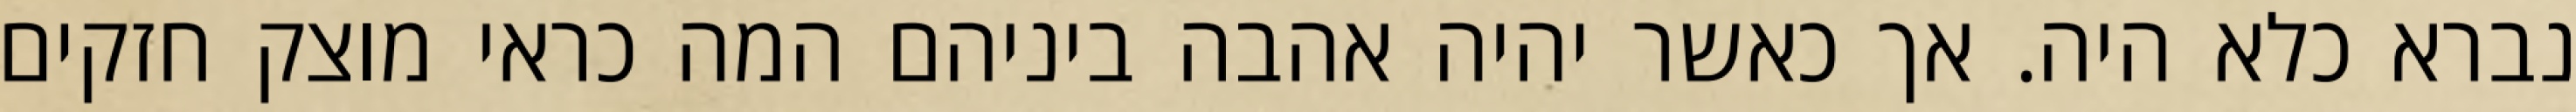
נברא כלא היה. אך כאשר יהיה אהבה ביניהם המה כראי מוצק חזקים